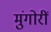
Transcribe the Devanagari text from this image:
मुंगोरीं